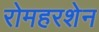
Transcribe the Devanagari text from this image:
रोमहरशेन